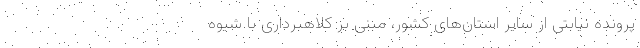
پرونده نیابتی از سایر استان‌های کشور، مبنی بر کلاهبرداری با شیوه